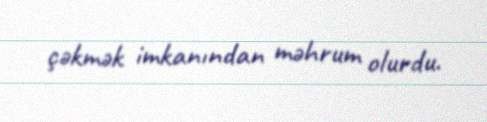
çəkmək imkanından məhrum olurdu.